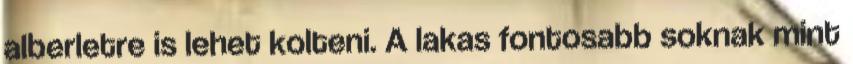
alberletre is lehet kolteni. A lakas fontosabb soknak mint